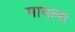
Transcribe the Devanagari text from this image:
मायल्स